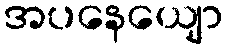
အပနေယျော